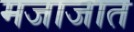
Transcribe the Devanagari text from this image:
मजाजात